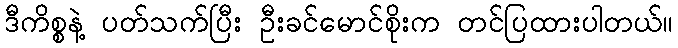
ဒီကိစ္စနဲ့ ပတ်သက်ပြီး ဦးခင်မောင်စိုးက တင်ပြထားပါတယ်။